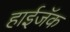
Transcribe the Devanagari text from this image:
हाईजॅक